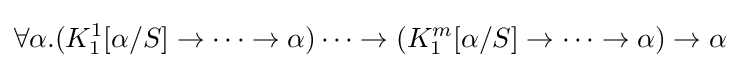
\forall \alpha .(K_{1}^{1}[\alpha /S]\rightarrow \dots \rightarrow \alpha )\dots \rightarrow (K_{1}^{m}[\alpha /S]\rightarrow \dots \rightarrow \alpha )\rightarrow \alpha